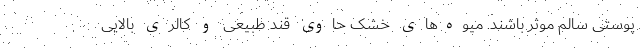
پوستی سالم موثر باشند. میوه‌های خشک حاوی قند طبیعی و کالری بالایی